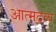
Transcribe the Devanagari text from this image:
आत्मद्रव्य